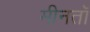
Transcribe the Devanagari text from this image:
मीनतॉ